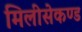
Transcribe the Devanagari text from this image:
मिलीसेकण्ड